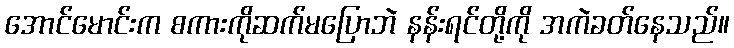
အောင်မောင်းက စကားကိုဆက်မပြောဘဲ နန်းရင်တို့ကို အကဲခတ်နေသည်။